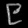
Digit: ၉